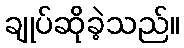
ချုပ်ဆိုခဲ့သည်။